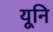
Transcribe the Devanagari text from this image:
यूनि